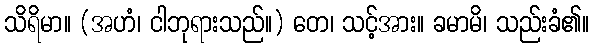
သိရိမာ။ (အဟံ၊ ငါဘုရားသည်။) တေ၊ သင့်အား။ ခမာမိ၊ သည်းခံ၏။